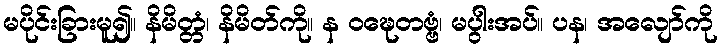
မပိုင်းခြားမူ၍။ နိမိတ္တံ၊ နိမိတ်ကို။ န ဝဍ္ဎေတဗ္ဗံ၊ မပွါးအပ်။ ပန၊ အလျော်ကို